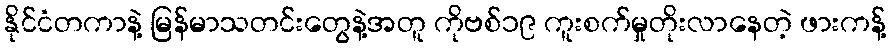
နိုင်ငံတကာနဲ့ မြန်မာသတင်းတွေနဲ့အတူ ကိုဗစ်၁၉ ကူးစက်မှုတိုးလာနေတဲ့ ဖားကန့်